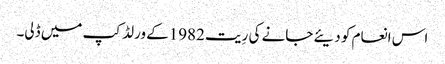
اس انعام کو دیئے جانے کی رِیت 1982کے ورلڈ کپ میں ڈلی۔